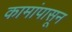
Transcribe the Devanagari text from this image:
कामांपासून